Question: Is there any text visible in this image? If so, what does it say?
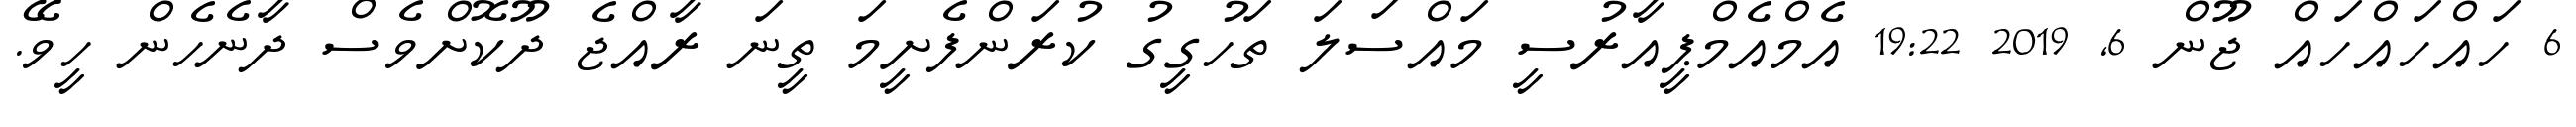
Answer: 6 ހައްހައްހައް ޖޫން 6, 2019 19:22 އެމްއެމްޕީއާރުސީ މައްސަލަ ތަހުގީގު ކުރަންފެށީމަ ތީނަ ރާއްޖެ ދޫކޮށްވެސް ދާނެހެން ހީވޭ.